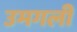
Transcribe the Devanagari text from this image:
उमगली